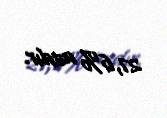
27,6% azdır.